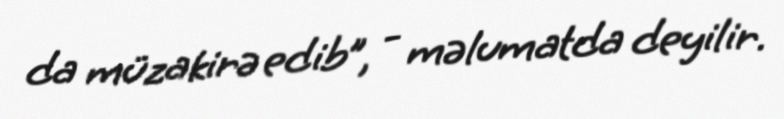
da müzakirə edib”, - məlumatda deyilir.